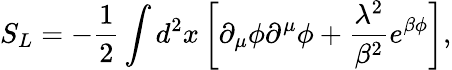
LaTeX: S_{L}=-{\frac{1}{2}}\int d^{2}x\left[\partial_{\mu}\phi\partial^{\mu}\phi+{\frac{\lambda^{2}}{\beta^{2}}}e^{\beta\phi}\right],